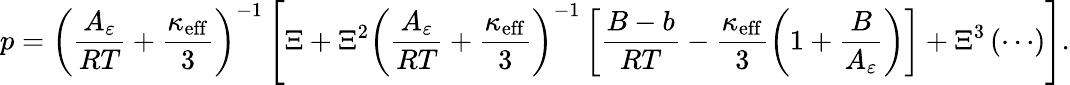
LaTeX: p=\left(\frac{A_{\varepsilon}}{RT}+\frac{\kappa_{\mathrm{eff}}}{3}\right)^{-1}\left[\Xi+\Xi^{2}\left(\frac{A_{\varepsilon}}{RT}+\frac{\kappa_{\mathrm{eff}}}{3}\right)^{-1}\left[\frac{B-b}{RT}-\frac{\kappa_{\mathrm{eff}}}{3}\left(1+\frac{B}{A_{\varepsilon}}\right)\right]+\Xi^{3}\left(\cdots\right)\right].